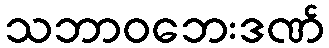
သဘာဝဘေးဒဏ်